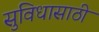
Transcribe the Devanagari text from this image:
सुविधासाठी